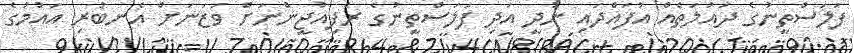
ފަލަސްތީނުގެ ދައުލަތެއް އުފައްދައި ނުދީ އަދި ފަލަސްތީނުގެ ރެފިއުޖީންނަށް ވަޒަނަށް އެނބުރި އައުމުގެ